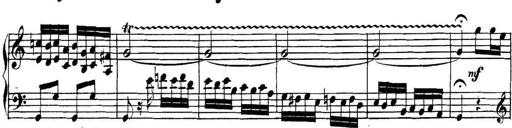
Title: Collected Piano Sonatas
Composer: Muzio Clementi